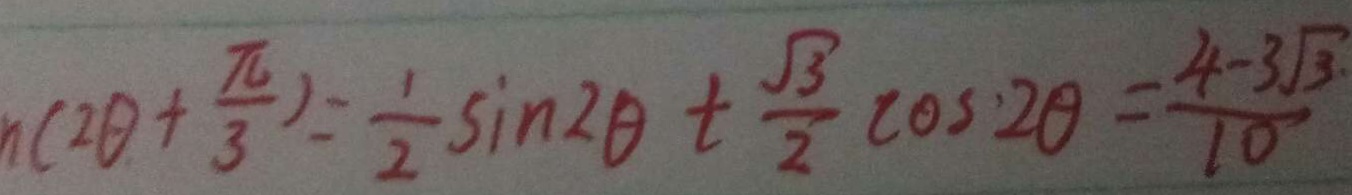
n ( 2 \theta + \frac { \pi } { 3 } ) = \frac { 1 } { 2 } \sin 2 \theta + \frac { \sqrt { 3 } } { 2 } \cos 2 \theta = \frac { 4 - 3 \sqrt { 3 } \cdot } { 1 0 }